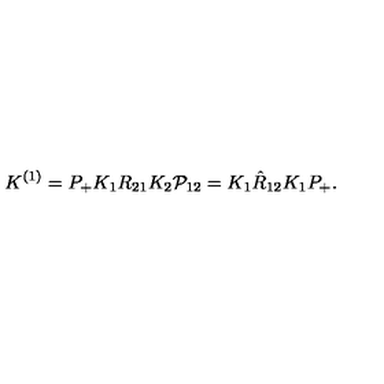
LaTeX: K ^ { ( 1 ) } = P _ { + } K _ { 1 } R _ { 2 1 } K _ { 2 } { \cal P } _ { 1 2 } = K _ { 1 } \hat { R } _ { 1 2 } K _ { 1 } P _ { + } .